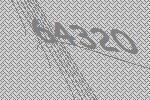
64320